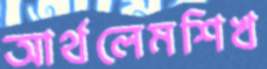
আর্থলেমশিখ